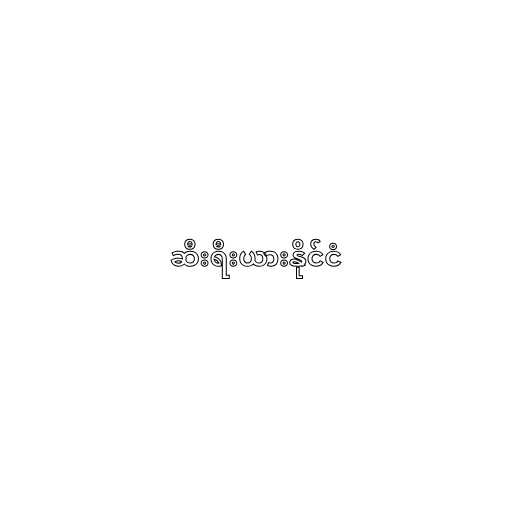
ဆီးရီးယားနိုင်ငံ